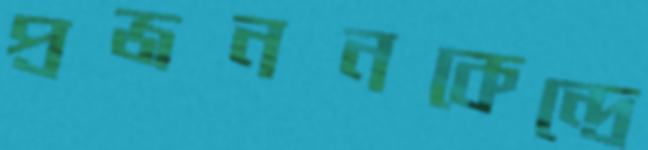
প্রজননকেন্দ্রে